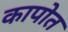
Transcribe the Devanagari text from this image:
कापोत